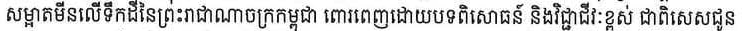
សម្អាតមីនលើទឹកដីនៃព្រះរាជាណាចក្រកម្ពុជា ពោរពេញដោយបទពិសោធន៍ និងវិជ្ជាជីវៈខ្ពស់ ជាពិសេសជូន